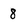
Character: 8